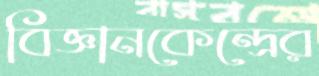
বিজ্ঞানকেন্দ্রের